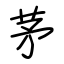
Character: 茅